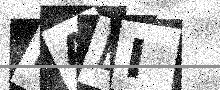
Text: MAEI